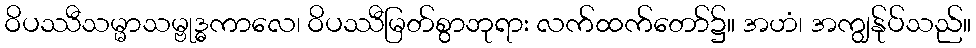
ဝိပဿီသမ္မာသမ္ဗုဒ္ဓကာလေ၊ ဝိပဿီမြတ်စွာဘုရား လက်ထက်တော်၌။ အဟံ၊ အကျွန်ုပ်သည်။